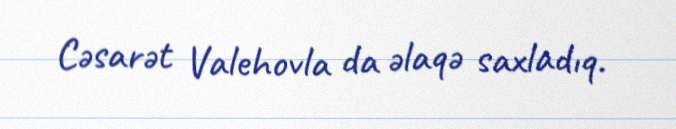
Cəsarət Valehovla da əlaqə saxladıq.